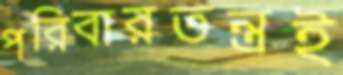
পরিবারতন্ত্রই